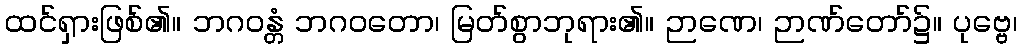
ထင်ရှားဖြစ်၏။ ဘဂဝန္တံ ဘဂဝတော၊ မြတ်စွာဘုရား၏။ ဉာဏေ၊ ဉာဏ်တော်၌။ ပုဗ္ဗေ၊